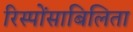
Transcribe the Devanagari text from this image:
रिस्पोंसाबिलिता